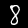
Label: 8